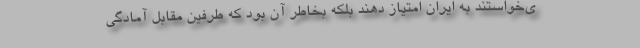
ی‌خواستند به ایران امتیاز دهند بلکه بخاطر آن بود که طرفین مقابل آمادگی